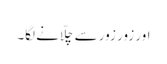
اور زور زور سے چلّانے لگا۔